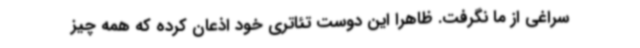
سراغی از ما نگرفت. ظاهرا این دوست تئاتری خود اذعان کرده که همه چیز